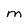
Character: M